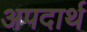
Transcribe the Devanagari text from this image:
अपदार्थ